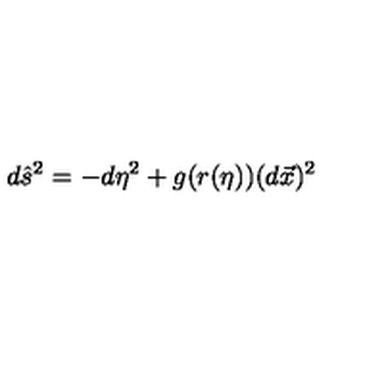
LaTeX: d \hat { s } ^ { 2 } = - d \eta ^ { 2 } + g ( r ( \eta ) ) ( d \vec { x } ) ^ { 2 }